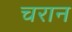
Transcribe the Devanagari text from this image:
चरान